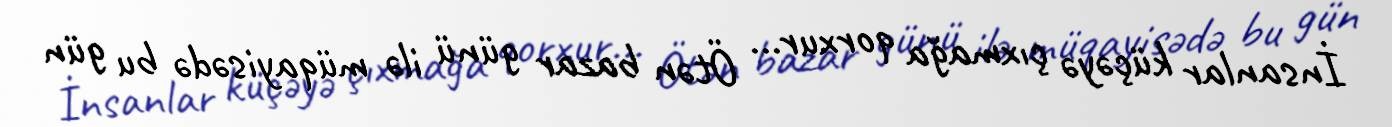
İnsanlar küçəyə çıxmağa qorxur... Ötən bazar günü ilə müqayisədə bu gün